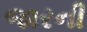
જારની